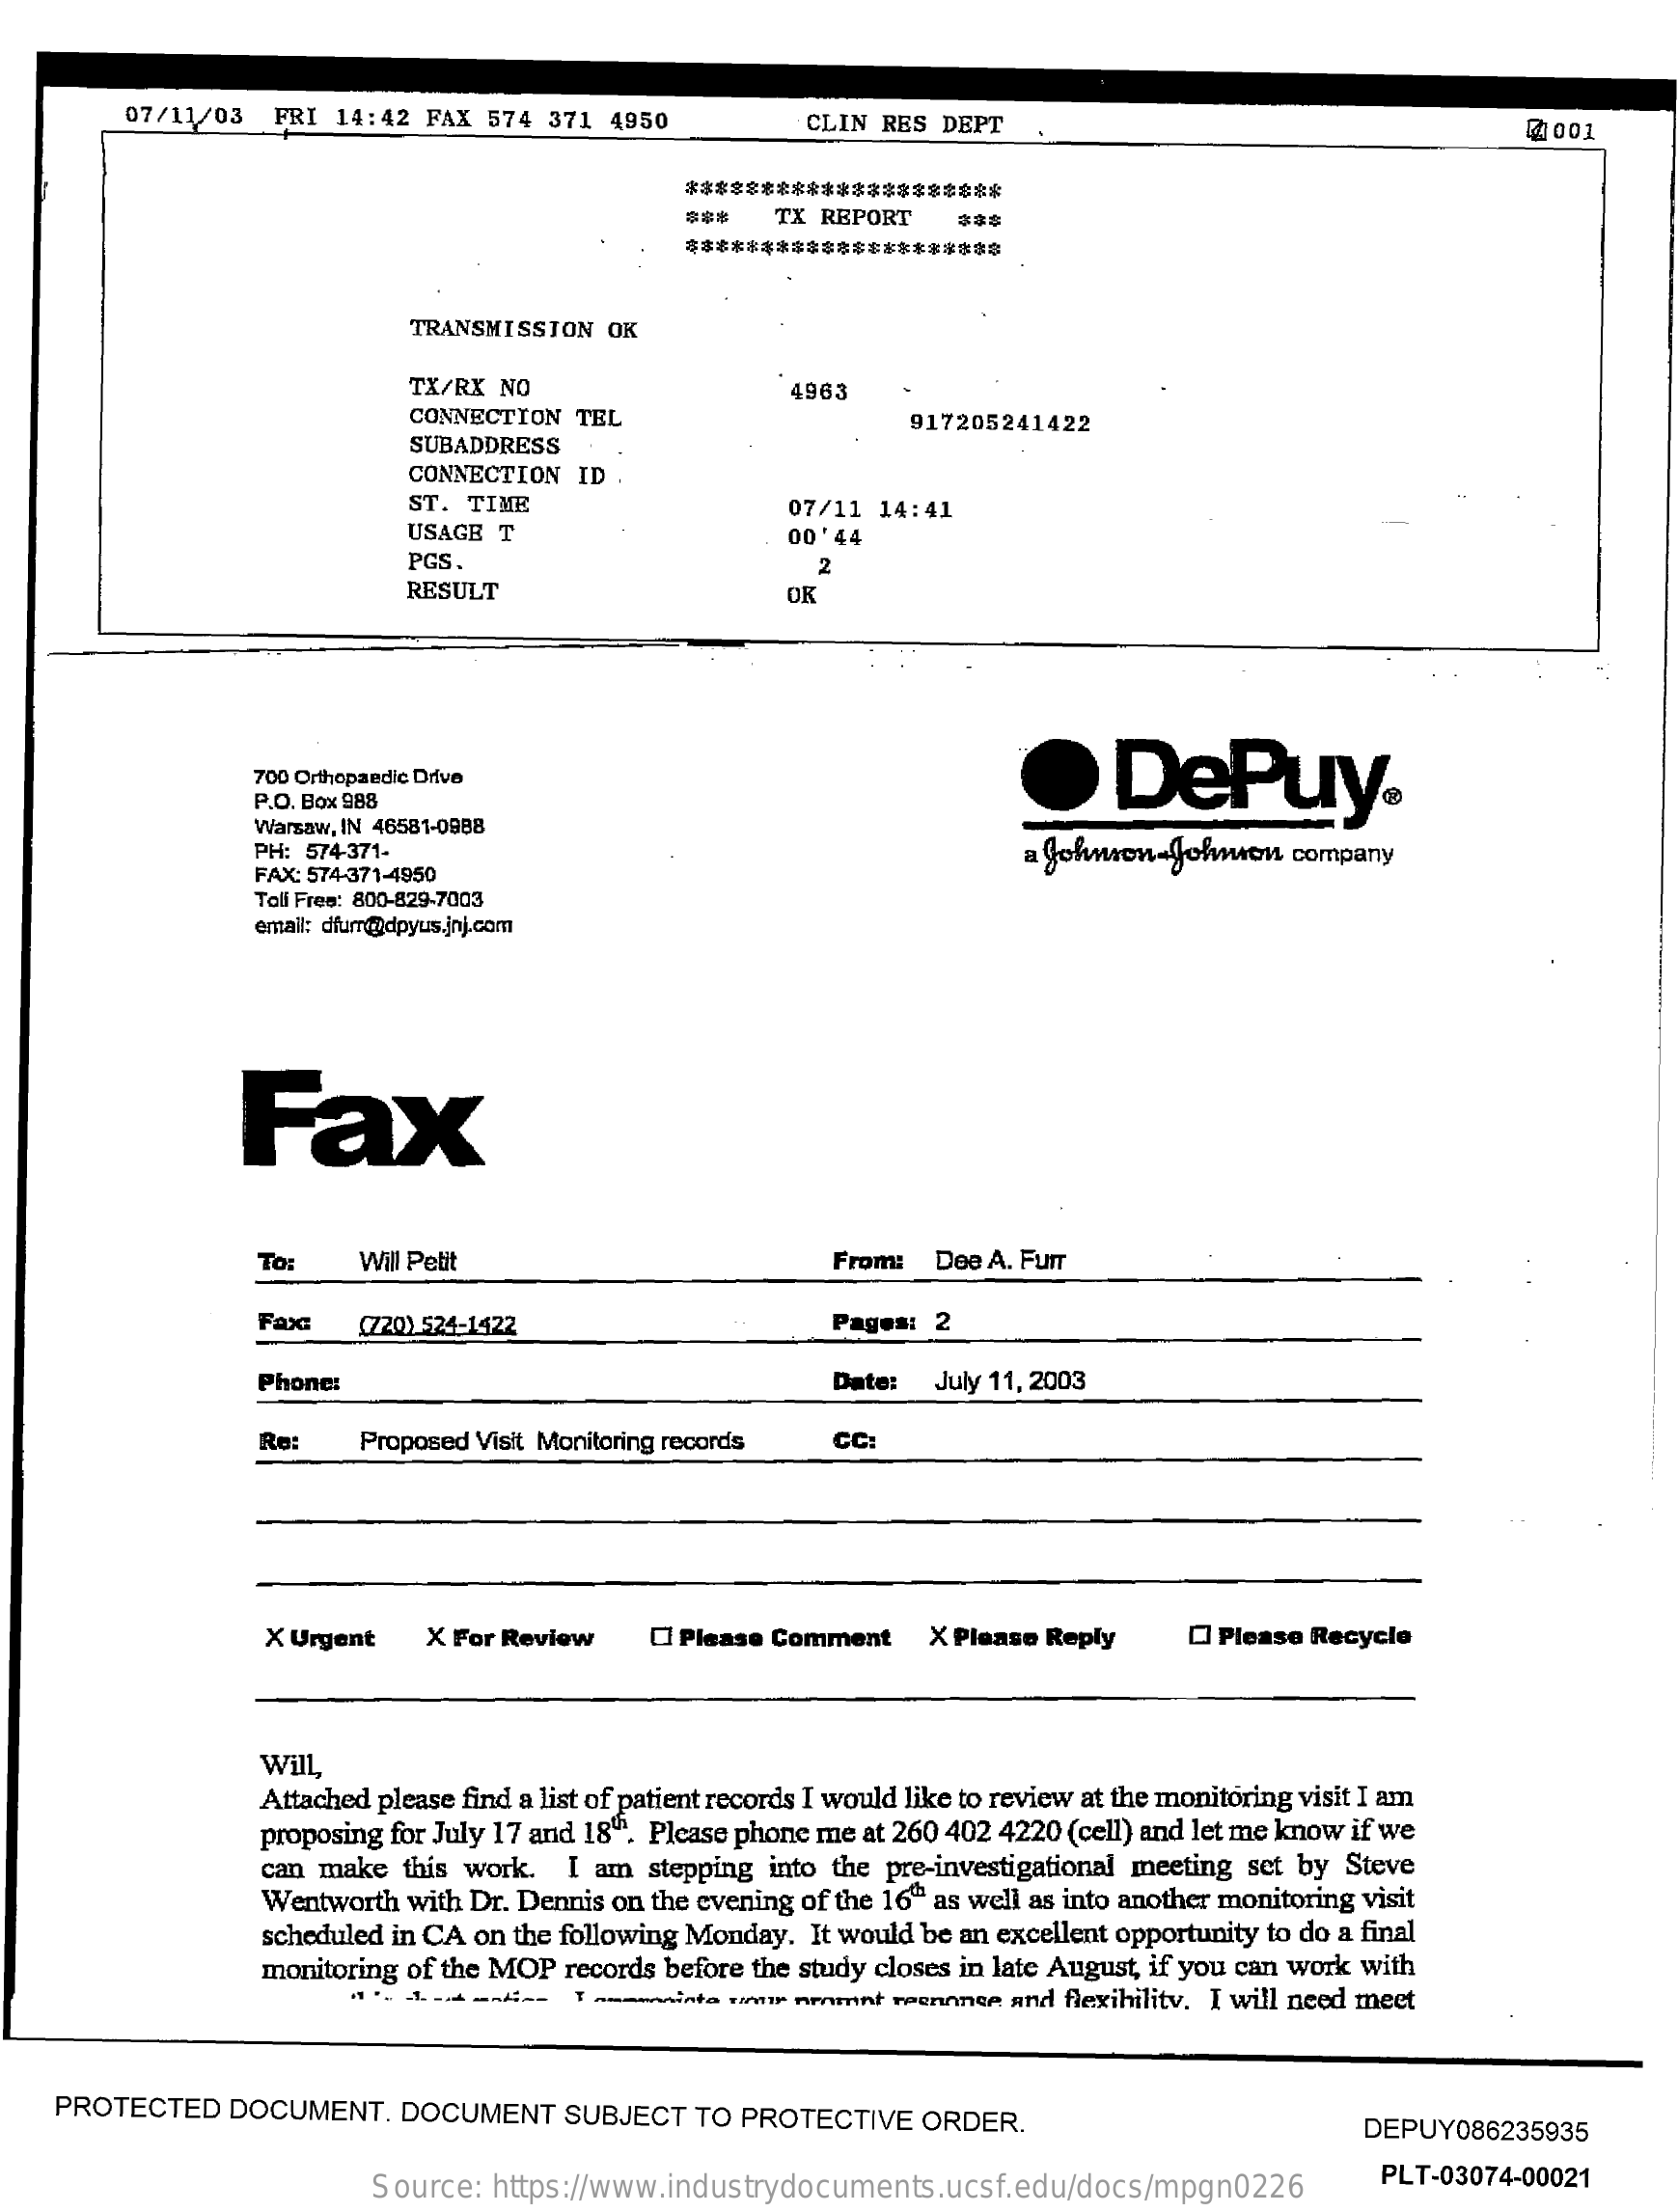
07/11/03  FRI  14:42 FAX 574 371  4950    CLIN RES DEPT    21001
     *********************
     TX REPORT   $$$
     *********************
     TRANSMISSION  OK
     TX/RX NO    4963
     CONNECTION  TEL
     SUBADDRESS
     917205241422
     CONNECTION ID
     ST. TIME    07/11 14:41
     USAGE T
     PGS
     00' 44
     2
     RESULT    OR
     .    DePuy® 700 Orthopaedic Drive
     P.O. Box 988
     Warsaw, IN 46581-0988
     PH: 574-371-    a Johnson-Johan    company
     FAX: 574-371-4950
     Tali Fres: 800-829-7003
     email: dfur@dpyus.jnj.com
     Fax
     To:   Will Petit    From:  Dee A. FuIT
     Fax:    (720) 524-1422    Pages:  2
     Phone:    Date:   July 11, 2003
     Re:   Proposed Visit Monitoring records CC:
     X Urgent   X For Review    CI Please Comment  X Please Reply    O Please Recycle
     Will
     Attached please find a list of patient records I would like to review at the monitoring visit I am
     proposing for July 17 and 18". Please phone me at 260 402 4220 (cell) and let me know if we
     can make this work.  I am stepping into the pre-investigational meeting set by Steve
     Wentworth with Dr. Dennis on the evening of the 16" as well as into another monitoring visit
     scheduled in CA on the following Monday. It would be an excellent opportunity to do a final
     monitoring of the MOP records before the study closes in late August, if you can work with
     I ammmeninte rimar nemnt reennnee and flexibility. I will need meet
    PROTECTED   DOCUMENT.   DOCUMENT    SUBJECT  TO PROTECTIVE  ORDER.    DEPUY086235935
     Source: https://www.industrydocuments.ucsf.edu/docs/mpgn0226    PLT-03074-00021